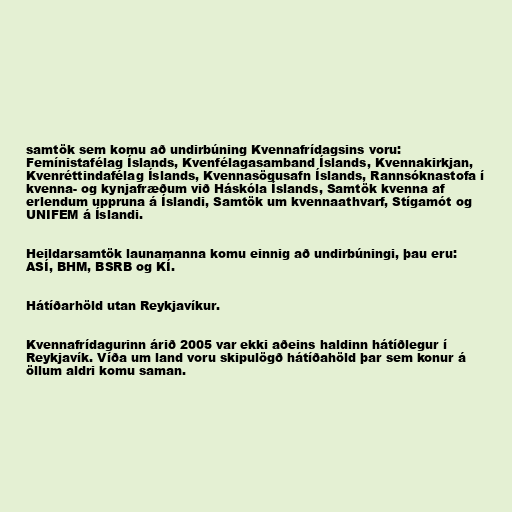
samtök sem komu að undirbúning Kvennafrídagsins voru:
Femínistafélag Íslands, Kvenfélagasamband Íslands, Kvennakirkjan,
Kvenréttindafélag Íslands, Kvennasögusafn Íslands, Rannsóknastofa í
kvenna- og kynjafræðum við Háskóla Íslands, Samtök kvenna af
erlendum uppruna á Íslandi, Samtök um kvennaathvarf, Stígamót og
UNIFEM á Íslandi.

Heildarsamtök launamanna komu einnig að undirbúningi, þau eru:
ASÍ, BHM, BSRB og KÍ.

Hátíðarhöld utan Reykjavíkur.

Kvennafrídagurinn árið 2005 var ekki aðeins haldinn hátíðlegur í
Reykjavík. Víða um land voru skipulögð hátíðahöld þar sem konur á
öllum aldri komu saman.